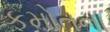
કમોતના